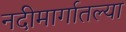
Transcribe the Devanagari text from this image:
नदीमार्गातल्या